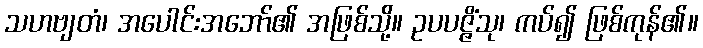
သဟဗျတံ၊ အပေါင်းအဘော်၏ အဖြစ်သို့။ ဥပပဇ္ဇိံသု၊ ကပ်၍ ဖြစ်ကုန်၏။